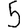
Digit: 5